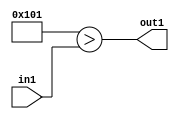
`timescale 1ps / 1ps
/*****************************************************************************
    Verilog RTL Description
    
    
    Created by: Stratus DpOpt 2019.1.01 
*******************************************************************************/

module DC_Filter_Lti257u12_4 (
	in1,
	out1
	); /* architecture "behavioural" */ 
input [11:0] in1;
output  out1;
wire  asc001;

assign asc001 = (17'B00000000100000001>in1);

assign out1 = asc001;
endmodule

/* CADENCE  urnyQgA= : u9/ySgnWtBlWxVPRXgAZ4Og= ** DO NOT EDIT THIS LINE ******/